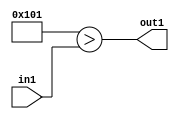
`timescale 1ps / 1ps
/*****************************************************************************
    Verilog RTL Description
    
    
    Created by: Stratus DpOpt 2019.1.01 
*******************************************************************************/

module DC_Filter_Lti257u12_4 (
	in1,
	out1
	); /* architecture "behavioural" */ 
input [11:0] in1;
output  out1;
wire  asc001;

assign asc001 = (17'B00000000100000001>in1);

assign out1 = asc001;
endmodule

/* CADENCE  urnyQgA= : u9/ySgnWtBlWxVPRXgAZ4Og= ** DO NOT EDIT THIS LINE ******/